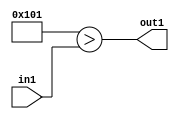
`timescale 1ps / 1ps
/*****************************************************************************
    Verilog RTL Description
    
    
    Created by: Stratus DpOpt 2019.1.01 
*******************************************************************************/

module DC_Filter_Lti257u12_4 (
	in1,
	out1
	); /* architecture "behavioural" */ 
input [11:0] in1;
output  out1;
wire  asc001;

assign asc001 = (17'B00000000100000001>in1);

assign out1 = asc001;
endmodule

/* CADENCE  urnyQgA= : u9/ySgnWtBlWxVPRXgAZ4Og= ** DO NOT EDIT THIS LINE ******/